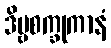
ဒိဗ္ဗစက္ခုကာနံ